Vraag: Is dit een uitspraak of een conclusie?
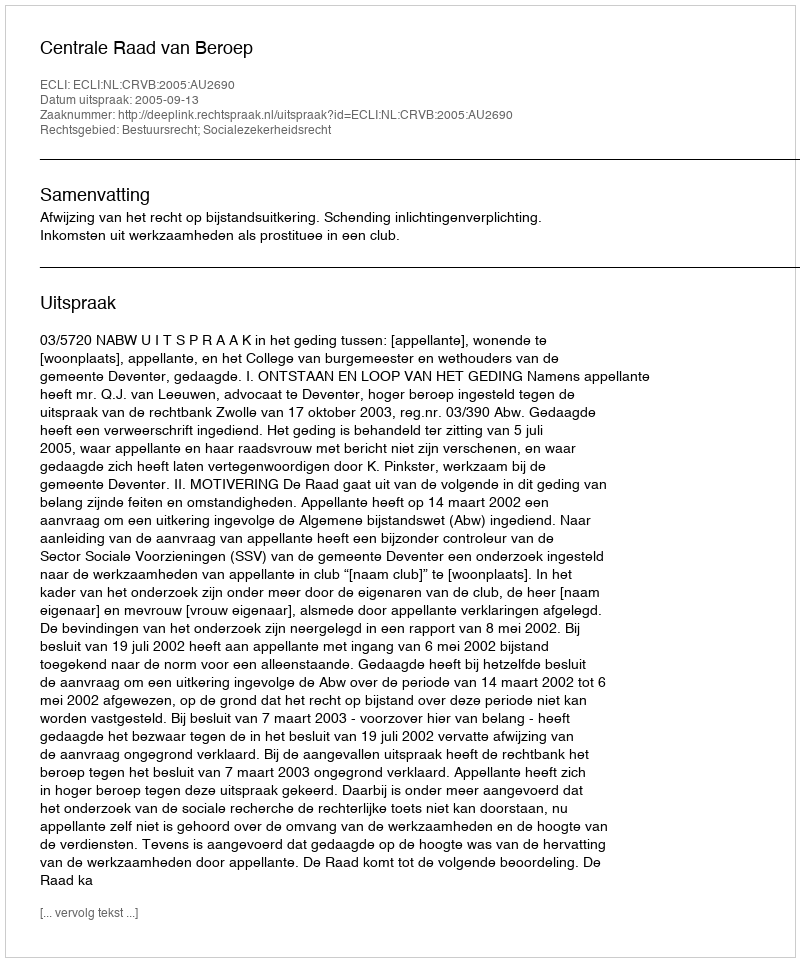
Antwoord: Uitspraak